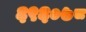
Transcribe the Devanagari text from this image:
६९६०७८